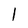
Character: l